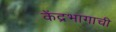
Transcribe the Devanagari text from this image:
केंद्रभागाची